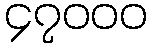
၄၇၀၀၀